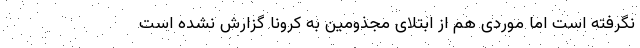
نگرفته است اما موردی هم از ابتلای مجذومین به کرونا گزارش نشده است‌